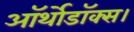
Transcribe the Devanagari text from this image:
ऑर्थोडॉक्स।